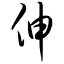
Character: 伸